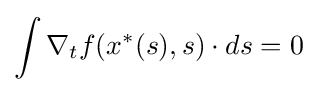
\int \nabla _{t}f(x^{\ast }(s),s)\cdot ds=0